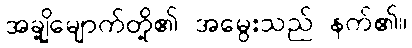
အချို့မျောက်တို့၏ အမွေးသည် နက်၏။